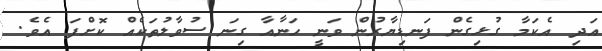
އަދި އެކަމާ ގުޅިގެން ފަނޑިޔާރުން ވަނީ ހަނާއާ ގިނަ ސުވާލުތަކެއް ކޮށްފަ އެވެ.